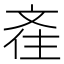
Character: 𣁑